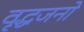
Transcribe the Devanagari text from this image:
वृद्धजनो